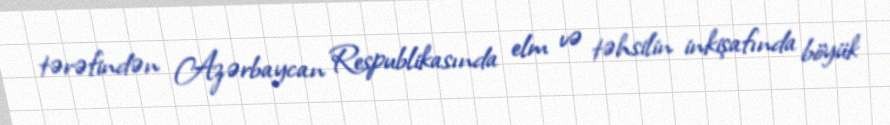
tərəfindən Azərbaycan Respublikasında elm və təhsilin inkişafında böyük